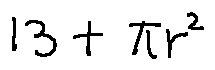
1 3 + \pi r ^ { 2 }